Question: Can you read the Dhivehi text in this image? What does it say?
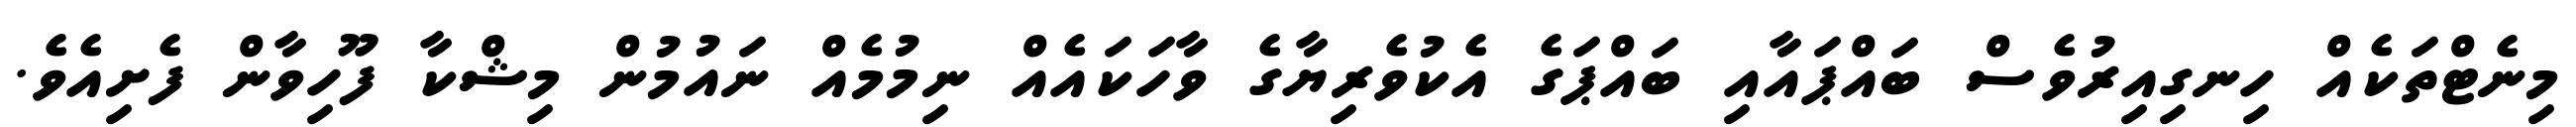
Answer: މިނެޓްތަކެއް ހިނގިއިރުވެސް ބައްޕައާއި ބައްޕަގެ އެކުވެރިޔާގެ ވާހަކައެއް ނިމުމެއް ނައުމުން މިޝްކާ ފޫހިވާން ފެށިއެވެ.